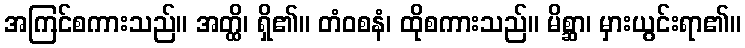
အကြင်စကားသည်။ အတ္ထိ၊ ရှိ၏။ တံဝစနံ၊ ထိုစကားသည်။ မိစ္ဆာ၊ မှားယွင်းရာ၏။